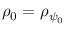
\rho _ { 0 } = \rho _ { \psi _ { 0 } }